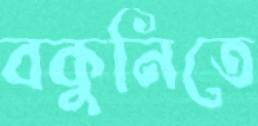
বকুনিতে